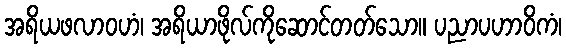
အရိယဖလာဝဟံ၊ အရိယာဖိုလ်ကိုဆောင်တတ်သော။ ပညာပဟာဝိကံ၊